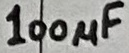
Text: 100µF